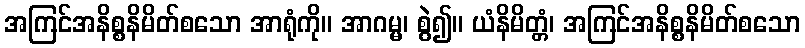
အကြင်အနိစ္စနိမိတ်စသော အာရုံကို။ အာဂမ္မ၊ စွဲ၍။ ယံနိမိတ္တံ၊ အကြင်အနိစ္စနိမိတ်စသော